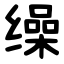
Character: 缲